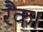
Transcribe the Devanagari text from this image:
रैंक।